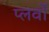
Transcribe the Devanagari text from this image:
प्लर्वों